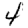
Digit: 4